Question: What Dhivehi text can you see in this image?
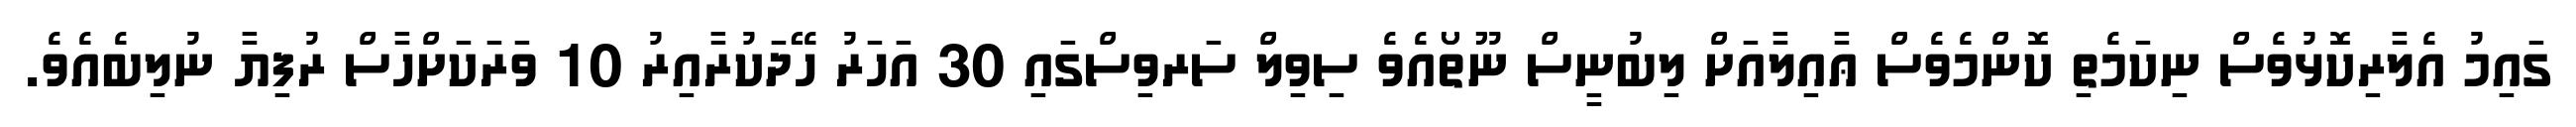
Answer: ގައިމު އެލާރިކޮޅުވެސް ނިކަމެތި ކޮންމެވެސް ޢާއިލާއަށް ލިބުނީސް ނޫތޯއެވެ ސިވިލް ސަރވިސްގައި 30 އަހަރު ހޭދަކުރާއިރު 10 ވަރަކަށްހާސް ރުފިޔާ ނުލިބެއެވެ.